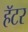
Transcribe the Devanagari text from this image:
हॅटर